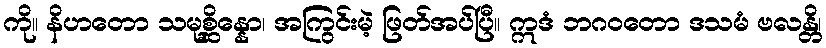
ကို။ နိဟတော သမုစ္ဆိန္နော၊ အကြွင်းမဲ့ ဖြတ်အပ်ပြီ။ ဣဒံ ဘဂဝတော ဒသမံ ဗလန္တိ၊